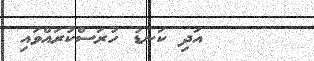
އަދި ކަނޑު ހުރަސްކުރައްވައި